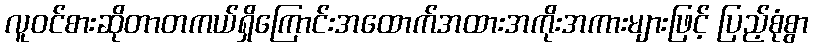
လူဝင်စားဆိုတာတကယ်ရှိကြောင်းအထောက်အထားအကိုးအကားများဖြင့် ပြည့်စုံစွာ